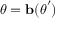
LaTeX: { \boldsymbol { \theta } } = \mathbf { b } ( { \boldsymbol { \theta } } ^ { \prime } )